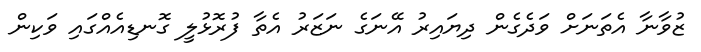
ޒުވާނާ އެތަނަށް ވަދެގެން ދިޔައިރު އޭނަގެ ނަޒަރު އެތާ ފުރޮޅުލީ ގޮނޑިއެއްގައި ވަކިން